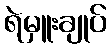
ရဲမှူးချုပ်